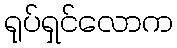
ရုပ်ရှင်လောက